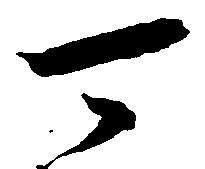
可